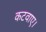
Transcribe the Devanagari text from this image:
कटवाए।